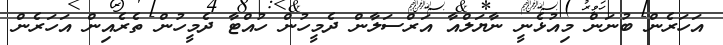
އަހަރެން ބުނަން މިއުޅެނީ ނާޔަލްއާ އަރްސަލާން ދެމީހުން ހުއްޓާ ދެމީހުން ތެރެއިން އަހަރެން